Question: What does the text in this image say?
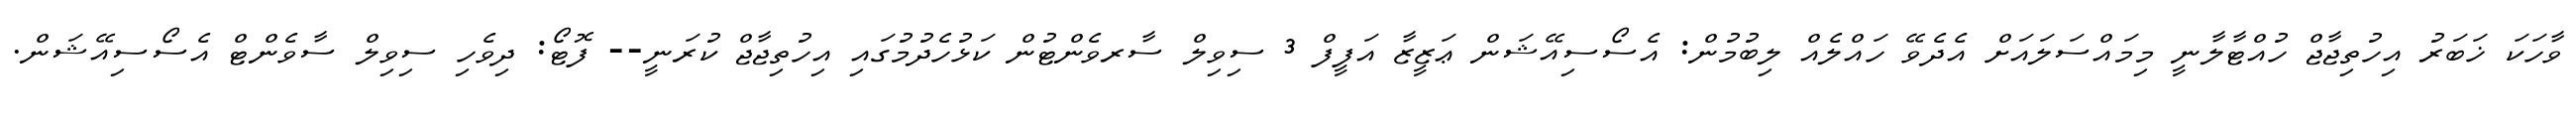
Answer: ވާހަކަ ޚަބަރު އިހުތިޖާޖް ހުއްޓާލާނީ މިމައްސަލައަށް އެދެވޭ ހައްލެއް ލިބުމުން: އެސޯސިއޭޝަން ޢަޒީޒާ އަފީފް 3 ސިވިލް ސާރވެންޓުން ކަޅުހެދުމުގައި އިހުތިޖާޖް ކުރަނީ-- ފޮޓޯ: ދިވެހި ސިވިލް ސާވެންޓް އެސޯސިއޭޝަން.